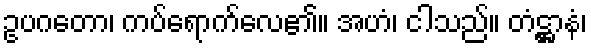
ဥပဂတော၊ ကပ်ရောက်လေ၏။ အဟံ၊ ငါသည်။ တံဋ္ဌာနံ၊